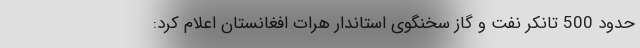
حدود 500 تانکر نفت و گاز سخنگوی استاندار هرات افغانستان اعلام کرد: